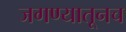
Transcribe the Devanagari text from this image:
जगण्यातूनच